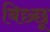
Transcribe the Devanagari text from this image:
बिछ्छू